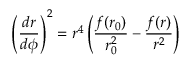
\left( \frac { d r } { d \phi } \right) ^ { 2 } = r ^ { 4 } \left( \frac { f ( r _ { 0 } ) } { r _ { 0 } ^ { 2 } } - \frac { f ( r ) } { r ^ { 2 } } \right)